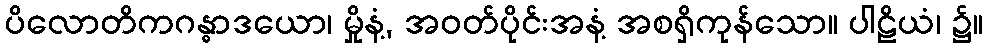
ပိလောတိကဂန္ဓာဒယော၊ မှိုနံ့, အဝတ်ပိုင်းအနံ့ အစရှိကုန်သော။ ပါဠိယံ၊ ၌။